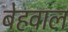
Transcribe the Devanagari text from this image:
बेहवाल